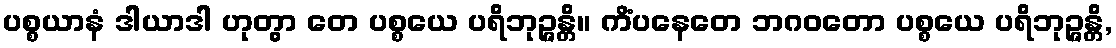
ပစ္စယာနံ ဒါယာဒါ ဟုတွာ တေ ပစ္စယေ ပရိဘုဉ္ဇန္တိ။ ကိံပနေတေ ဘဂဝတော ပစ္စယေ ပရိဘုဉ္ဇန္တိ,